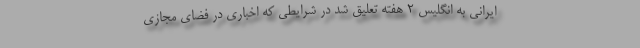
ایرانی به انگلیس 2 هفته تعلیق شد در شرایطی که اخباری در فضای مجازی